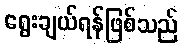
ရွေးချယ်ရန်ဖြစ်သည်